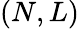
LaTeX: (N,L)